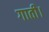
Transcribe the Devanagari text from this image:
गाती।